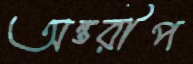
অন্তরীপ